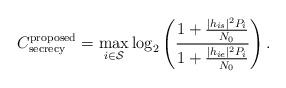
\begin{align*}{C^{\textrm{proposed}}_{\textrm{secrecy}}}=\mathop {\max }\limits_{i \in {\cal{S}}} {\log _2}\left( {\dfrac{{1 + \frac{{|{h_{is}}{|^2}P_i}}{{{N_0}}}}}{{1 + \frac{{|{h_{ie}}{|^2}P_i}}{{{N_0}}}}}} \right).\end{align*}